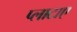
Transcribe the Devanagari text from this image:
प्लाटाए